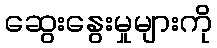
ဆွေးနွေးမှုများကို